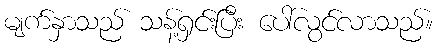
မျက်နှာသည် သန့်ရှင်းပြီး ပေါ်လွင်လာသည်။